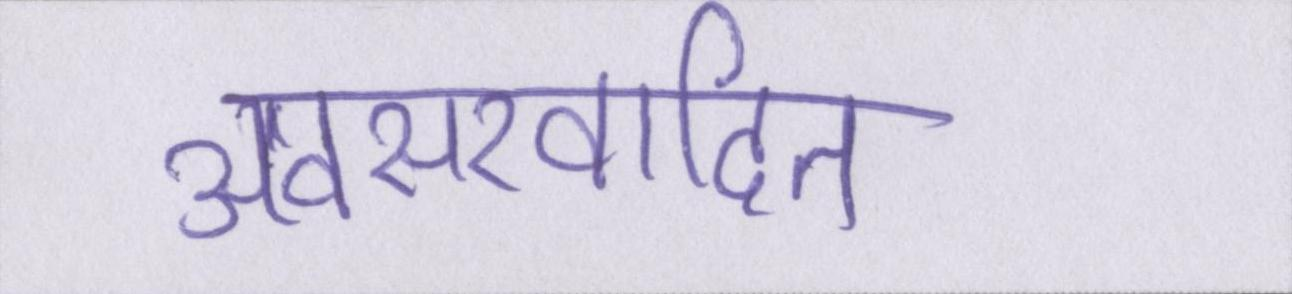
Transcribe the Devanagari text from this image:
अवसरवादित